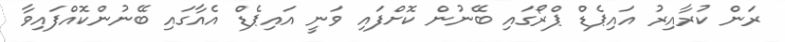
ރަން ކުރާއިރު އައިޕެޑް ޕްރޯގައި ބޭނުން ކޮށްފައި ވަނީ އައިޕެޑް އެއާގައި ބޭނުންކޮއްފައިވާ